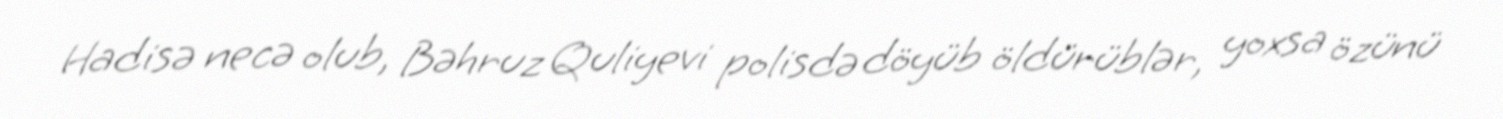
Hadisə necə olub, Bəhruz Quliyevi polisdə döyüb öldürüblər, yoxsa özünü